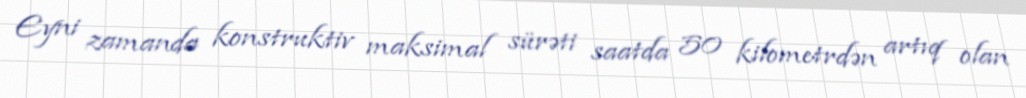
Eyni zamanda konstruktiv maksimal sürəti saatda 50 kilometrdən artıq olan